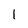
Character: l